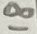
Text: 18